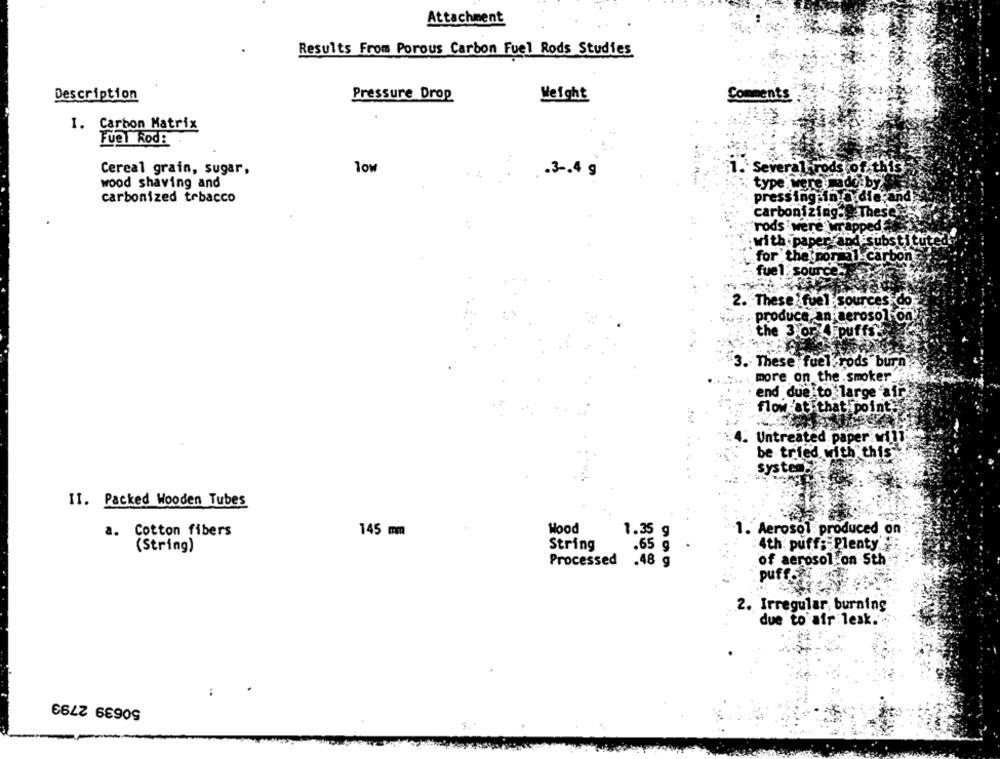
Attachment
Results From Porous Carbon Fuel Rods Studies
Description
Pressure Drop
Weight
Comments
I. Carbon Matrix
Fuel Rod:
Cereal grain, sugar,
low
.3.4 g
Severa
wood shaving and
type. were madeby
carbonized tobacco
pressingsin Q.die
carbonizing. These
rods were wrapped
with paper and substitu
for the por al carbon
fuel. source:
2. These fuel sources do
produce,an aerosol:on
the 3 OP Epuffs
. These fuel rods burn
more on the smoker.
end due to large air
flow at that point
Untreated paper wil
be tried with this
system.
II. Packed Wooden Tubes
145 mm
Hood
1.35 g
. Aerosol: produced on
a. Cotton fibers
String
.65 g
.
4th. puff; Plenty *
(String)
Processed
.48 g
of aerosol on Sth
puff
2. Irregular, burning
due to air lesk ....
50639 2793
: